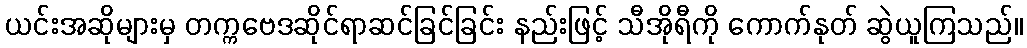
ယင်းအဆိုများမှ တက္ကဗေဒဆိုင်ရာဆင်ခြင်ခြင်း နည်းဖြင့် သီအိုရီကို ကောက်နုတ် ဆွဲယူကြသည်။